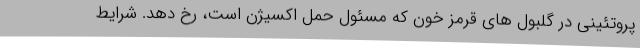
پروتئینی در گلبول های قرمز خون که مسئول حمل اکسیژن است، رخ دهد. شرایط